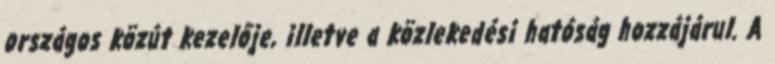
országos közút kezelője, illetve a közlekedési hatóság hozzájárul. A